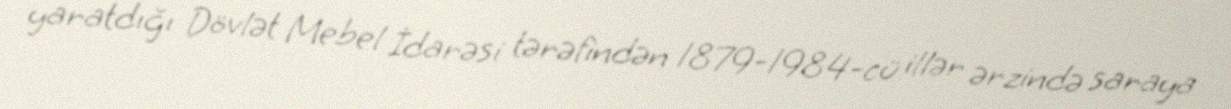
yaratdığı Dövlət Mebel İdarəsi tərəfindən 1879-1984-cü illər ərzində saraya